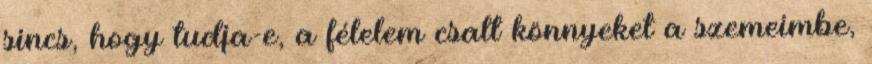
sincs, hogy tudja-e, a félelem csalt könnyeket a szemeimbe,